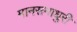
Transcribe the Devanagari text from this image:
मानसमाधुरी